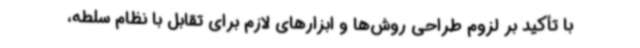
با تأکید بر لزوم طراحی روش‌ها و ابزارهای لازم برای تقابل با نظام سلطه،